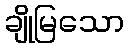
ချိုမြသော